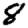
Digit: 8